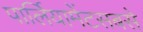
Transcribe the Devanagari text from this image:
पार्लियामेंटसबसे